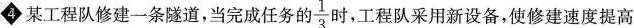
4 某工程队修建一条隧道，当完成任务的 \frac{1}{3} 时，工程队采用新设备，使修建速度提高